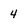
Character: 4